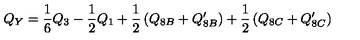
Q _ { Y } = \frac { 1 } { 6 } Q _ { 3 } - \frac { 1 } { 2 } Q _ { 1 } + \frac { 1 } { 2 } \left( Q _ { 8 B } + Q _ { 8 B } ^ { \prime } \right) + \frac { 1 } { 2 } \left( Q _ { 8 C } + Q _ { 8 C } ^ { \prime } \right)